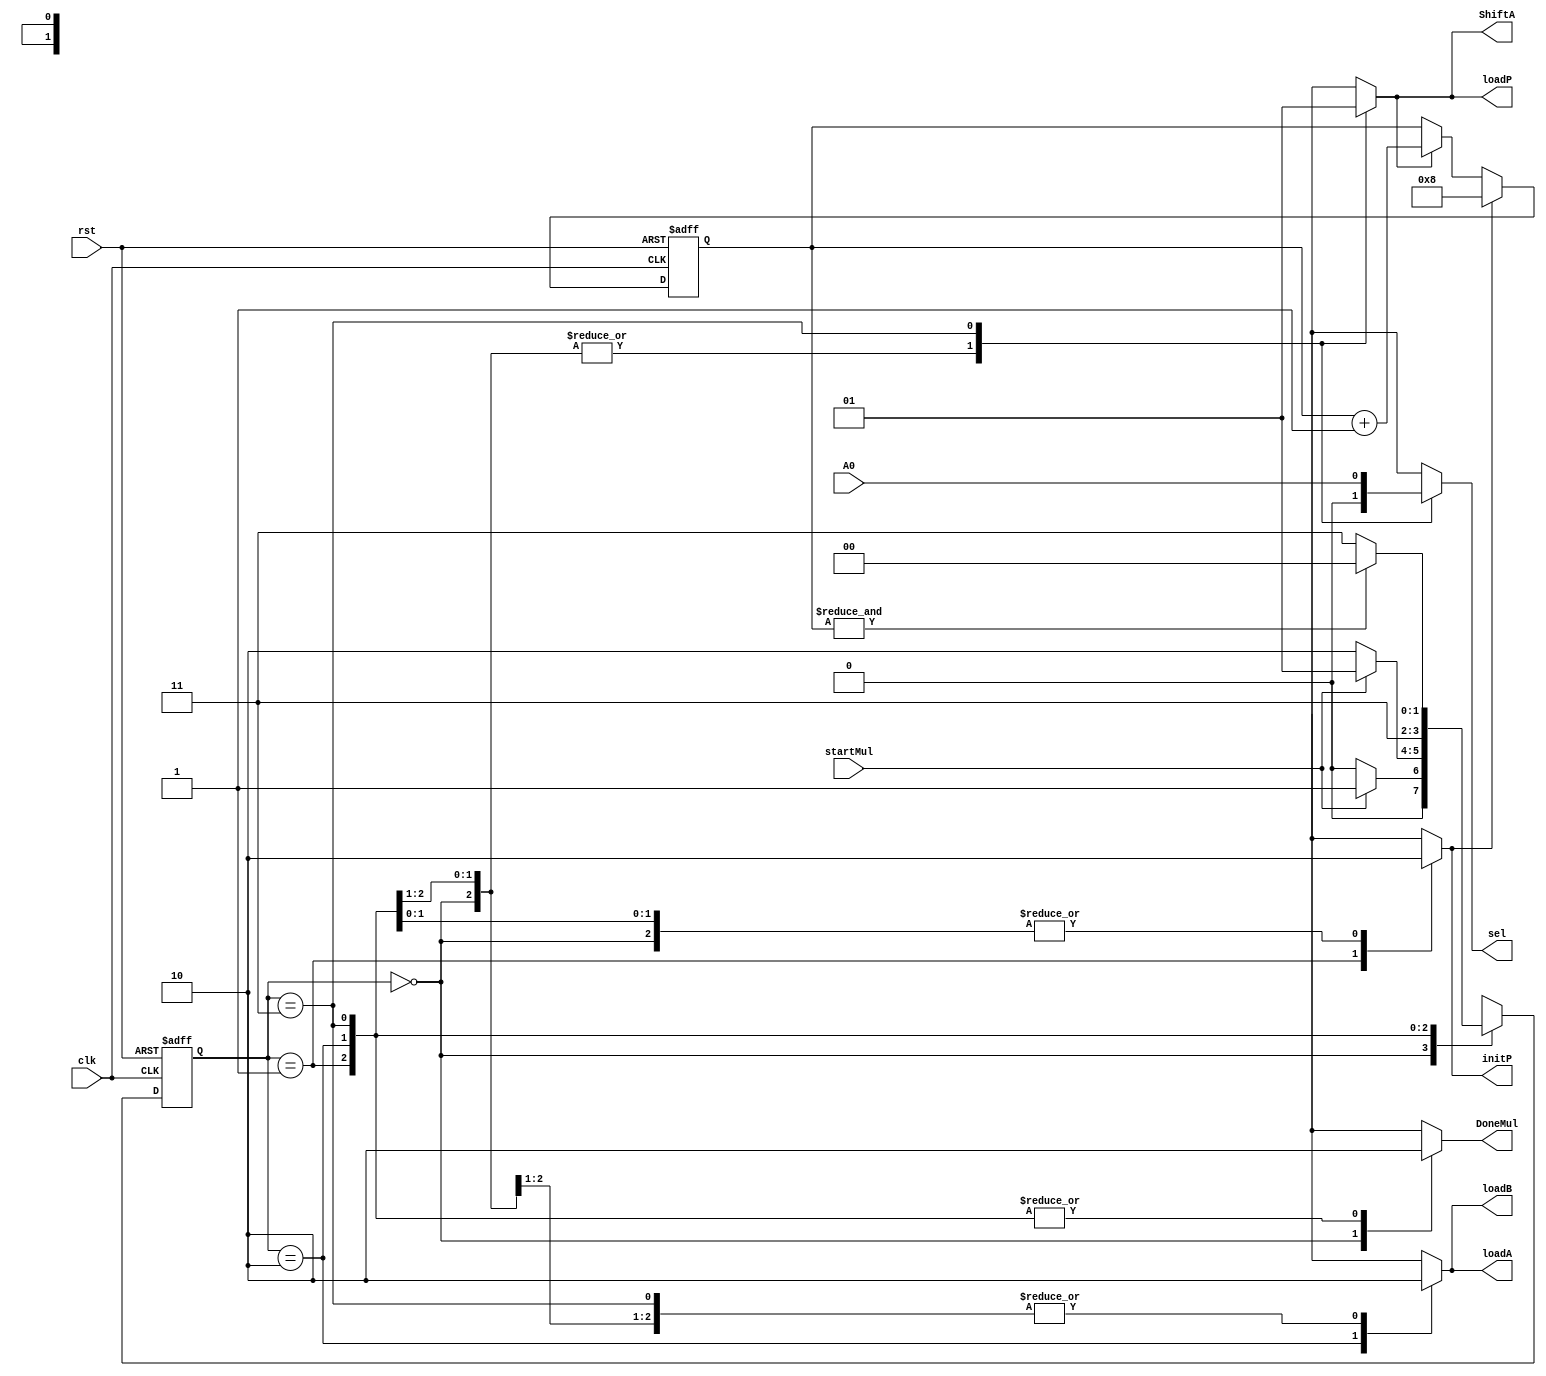
`timescale 1ns/1ns
module SeqMultCont(input startMul, A0, clk, rst, output reg loadA, loadB, loadP, initP, sel, ShiftA, DoneMul);
	wire Co;
	reg [1:0] ps;
	reg [1:0] ns;
	reg init_counter;
	reg inc_counter;
	reg [4:0] Count;
	parameter [1:0] Idle = 2'b00;
	parameter [1:0] Init = 2'b01;
	parameter [1:0] Load = 2'b10;
	parameter [1:0] Shift = 2'b11;

	always @(ps, A0, startMul, Co) begin
		ns = 0;
		{loadA, loadB, initP, sel, ShiftA, DoneMul, loadP} = 7'b0;
		{init_counter, inc_counter} = 2'b0;
			case (	ps)
				Idle: begin ns = startMul ? Init: Idle; DoneMul = 1; end
				Init: begin ns = startMul ? Init: Load; init_counter = 1'b1; initP = 1'b1; end
				Load: begin ns = Shift; loadA = 1; loadB = 1; end
				Shift: begin ns = Co ? Idle: Shift; inc_counter = 1; ShiftA = 1; loadP = 1; sel = A0; end
			endcase
	end
	
	always @(posedge clk, posedge rst) begin
		if (rst)
			ps <= Idle;
		else
			ps <= ns;
	end

	always @(posedge clk, posedge rst) begin
		if (rst)
			Count <= 5'b0;
		else
			if (init_counter)
				Count <= 5'd8;
			else	
				if (inc_counter)
					Count <= Count + 1;
	end

	assign Co = &Count;
endmodule